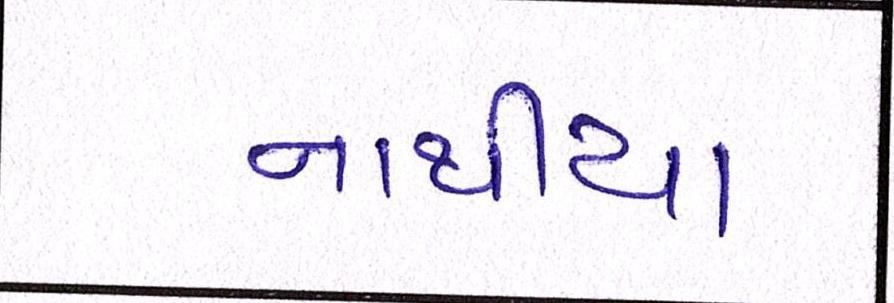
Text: નાથીયા